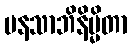
မနသာဘိနိမ္မိတာ